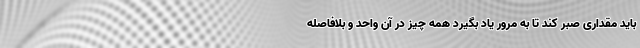
باید مقداری صبر کند تا به مرور یاد بگیرد همه چیز در آن واحد و بلافاصله